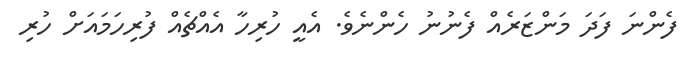
ފެންނަ ފަދަ މަންޒަރެއް ފެނުނު ހެންނެވެ. އެއީ ހުރިހާ އެއްޗެއް ފުރިހަމައަށް ހުރި